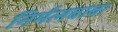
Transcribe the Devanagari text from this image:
निर्मलबाबा